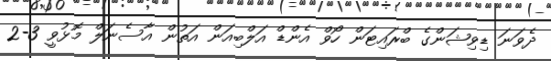
ދެވަނަ ޑިވިޝަންގެ ބްރައިޓަން ހޯވް އެންޑް އަލްބިއަން އަތުން އާސެނަލް މޮޅުވީ 3-2